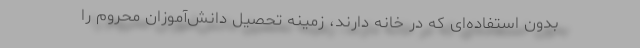
بدون استفاده‌ای که در خانه دارند، زمینه تحصیل دانش‌آموزان محروم را